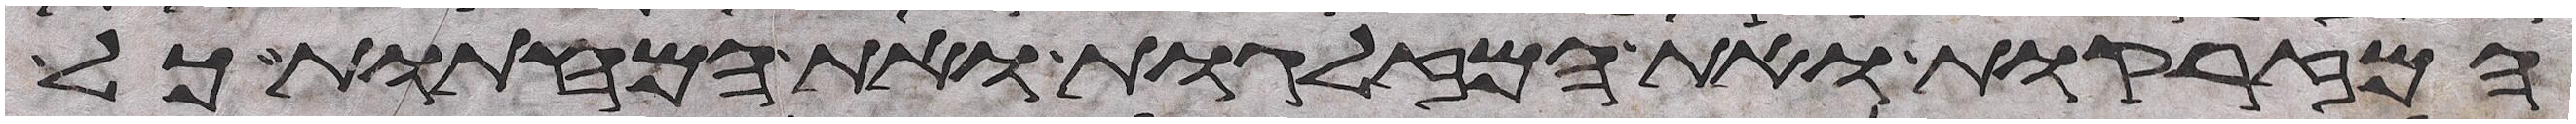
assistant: המזרקות ואת המזלגות ואת המחתות כל